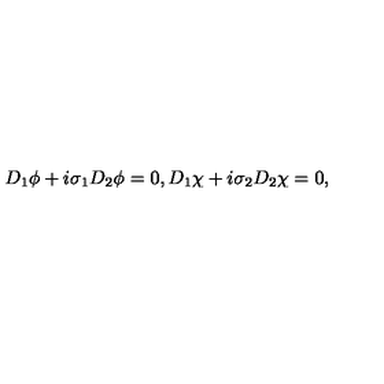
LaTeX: D _ { 1 } \phi + i \sigma _ { 1 } D _ { 2 } \phi = 0 , D _ { 1 } \chi + i \sigma _ { 2 } D _ { 2 } \chi = 0 ,